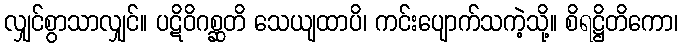
လျှင်စွာသာလျှင်။ ပဋိဝိဂစ္ဆတိ သေယျထာပိ၊ ကင်းပျောက်သကဲ့သို့။ စိရဋ္ဌိတိကော၊